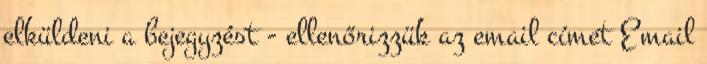
elküldeni a bejegyzést - ellenőrizzük az email címet Email